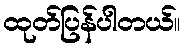
ထုတ်ပြန်ပါတယ်။